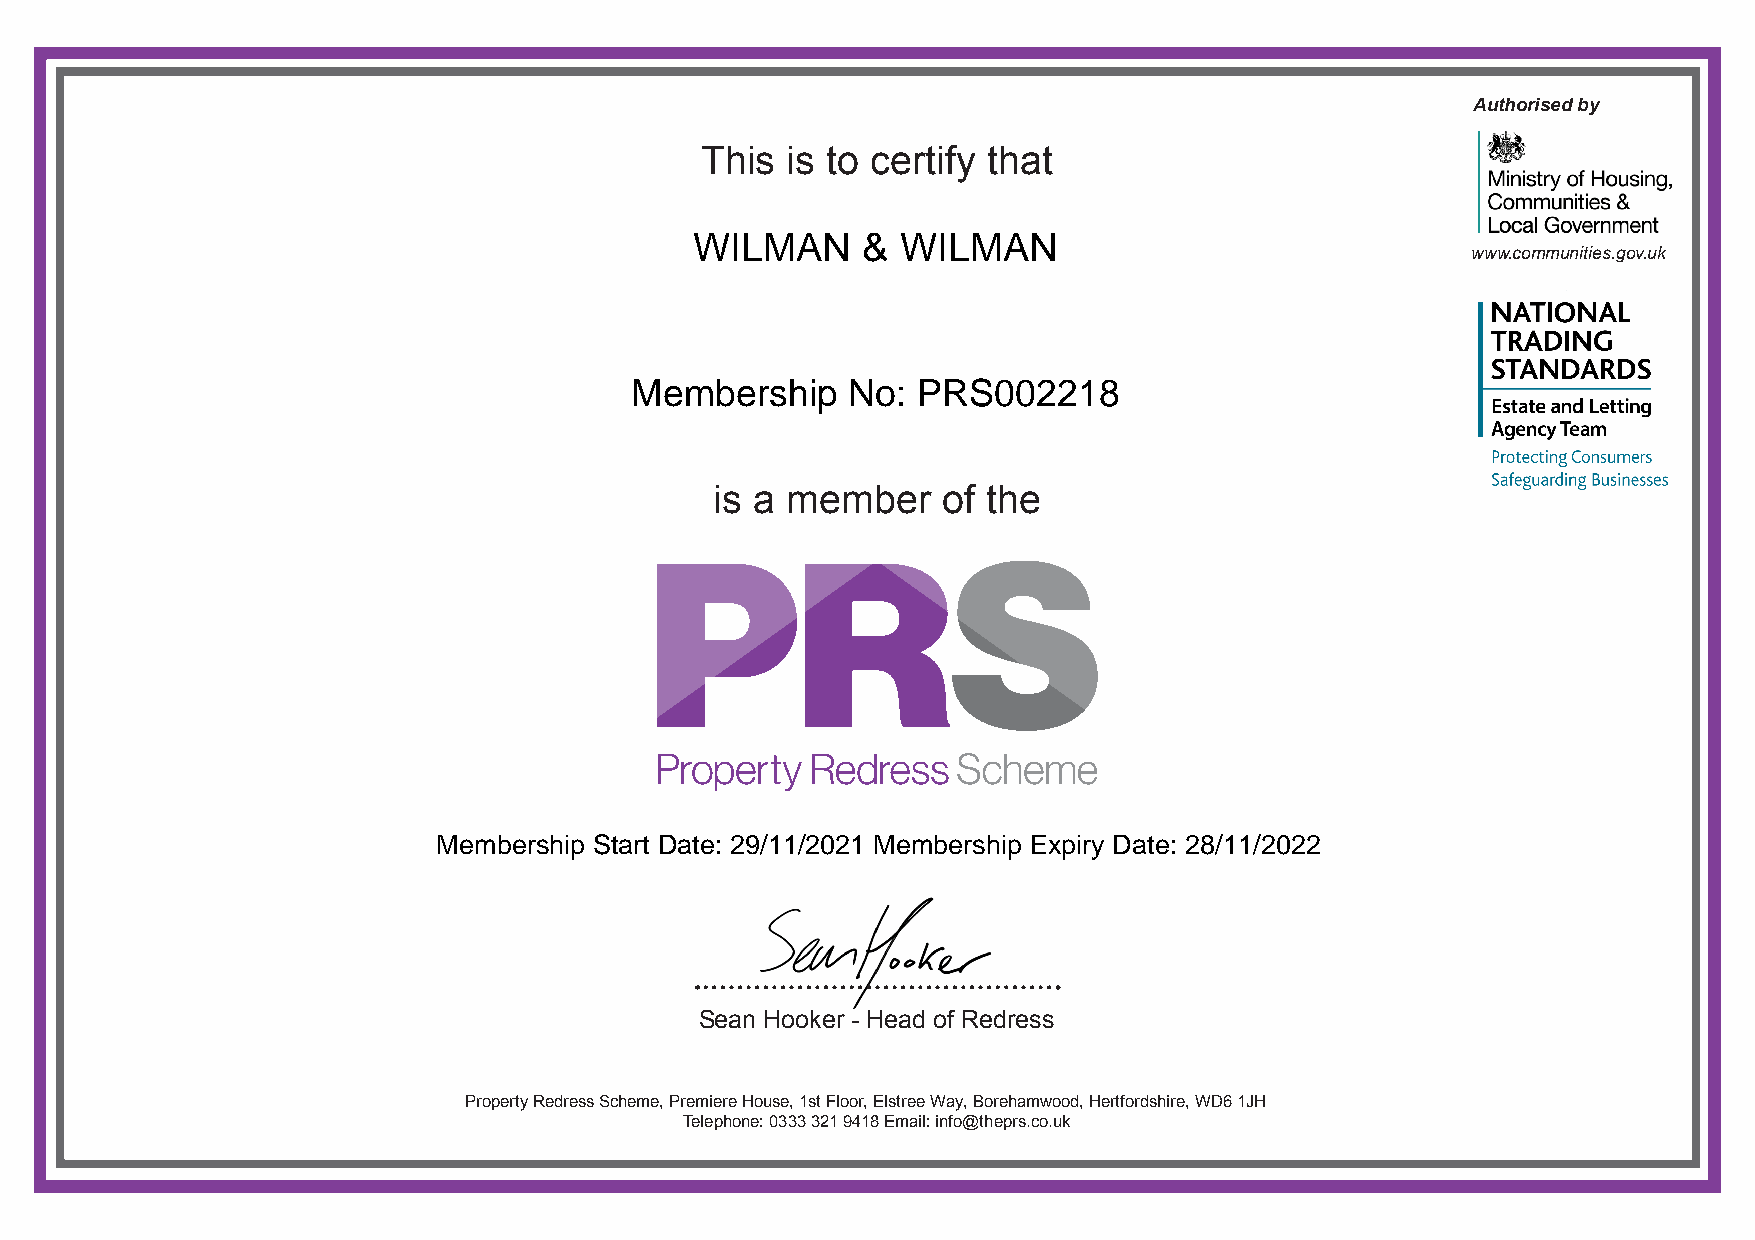
Authorised by
 This  is to certify that
 WILMAN     &  WILMAN
 www.communities.gov.uk
 Membership    No:  PRS002218
 is a member    of the
 Membership Start Date: 29/11/2021 Membership Expiry Date: 28/11/2022
 Sean Hooker - Head of Redress
 Property Redress Scheme, Premiere House, 1st Floor, Elstree Way, Borehamwood, Hertfordshire, WD6 1JH
 Telephone: 0333 321 9418 Email: info@theprs.co.uk